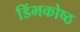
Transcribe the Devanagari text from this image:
डिंभकोष्ठ